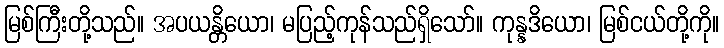
မြစ်ကြီးတို့သည်။ အပယန္တိယော၊ မပြည့်ကုန်သည်ရှိသော်။ ကုန္နဒိယော၊ မြစ်ငယ်တို့ကို။